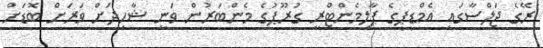
ރޭގެ ޖަލްސާގައި އެމްޑީޕީގެ ޕާލިމެންޓްރީ ގުރޫޕުގެ މެންބަރުން ވަނީ ޝާހިދަށް ވަރަށް ބޮޑަށް